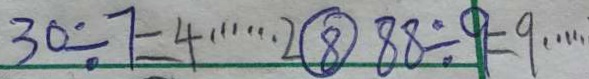
3 0 \div 7 = 4 \cdots 2 \textcircled { 8 } 8 8 \div 9 = 9 \cdots